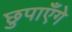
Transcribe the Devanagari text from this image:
छुपाएँगे